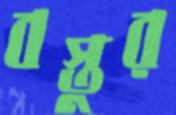
বস্তুর